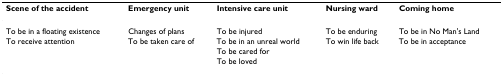
<table><thead><tr><td><b>Scene of the accident</b></td><td><b>Emergency unit</b></td><td><b>Intensive care unit</b></td><td><b>Nursing ward</b></td><td><b>Coming home</b></td></tr></thead><tbody><tr><td>To be in a floating existence</td><td>Changes of plans</td><td>To be injured</td><td>To be enduring</td><td>To be in No Man&#x27;s Land</td></tr><tr><td>To receive attention</td><td>To be taken care of</td><td>To be in an unreal world</td><td>To win life back</td><td>To be in acceptance</td></tr><tr><td></td><td></td><td>To be cared for</td><td></td><td></td></tr><tr><td></td><td></td><td>To be loved</td><td></td><td></td></tr></tbody></table>